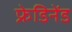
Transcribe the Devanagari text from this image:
फ्रेडिनेंड